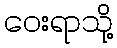
ဝေးရာသို့